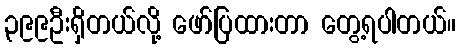
၃၉၉ဦးရှိတယ်လို့ ဖော်ပြထားတာ တွေ့ရပါတယ်။